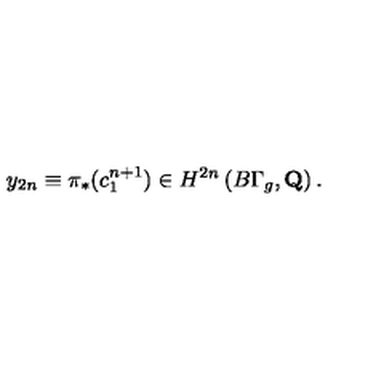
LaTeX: y _ { 2 n } \equiv \pi _ { * } ( c _ { 1 } ^ { n + 1 } ) \in H ^ { 2 n } \left( B \Gamma _ { g } , { \bf Q } \right) .